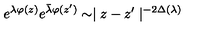
e ^ { \lambda \varphi ( z ) } e ^ { \bar { \lambda } \varphi ( z ^ { \prime } ) } \sim \mid z - z ^ { \prime } \mid ^ { - 2 \Delta ( \lambda ) }